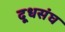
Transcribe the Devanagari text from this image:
दूधसंघ